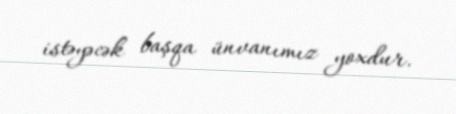
istəyəcək başqa ünvanımız yoxdur.